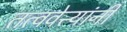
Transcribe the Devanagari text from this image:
तत्ववेत्त्यांनी